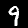
Digit: 9